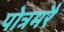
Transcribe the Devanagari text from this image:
पोत्रमरै